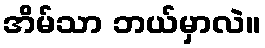
အိမ်သာ ဘယ်မှာလဲ။